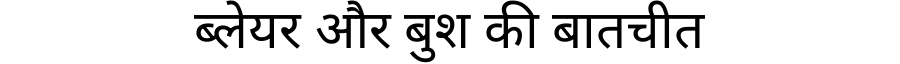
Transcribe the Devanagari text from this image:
ब्लेयर और बुश की बातचीत